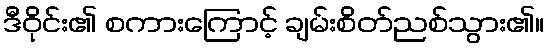
ဒီဝိုင်း၏ စကားကြောင့် ချမ်းစိတ်ညစ်သွား၏။